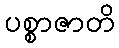
ပစ္စာဇာတိ